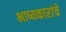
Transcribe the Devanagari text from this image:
भाष्यकारांचे